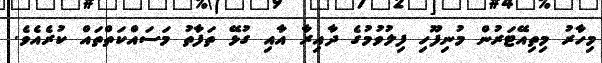
މިހާރު މިތިއޭޓަރުން މުނިފޫހި ފިލުވުމުގެ ދާއިރާ އާއި ގުޅޭ ތަފާތު މަސައްކަތްތައް ކުރެއެވެ.